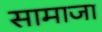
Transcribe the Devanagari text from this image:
सामाजा